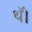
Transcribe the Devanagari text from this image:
थॅ।